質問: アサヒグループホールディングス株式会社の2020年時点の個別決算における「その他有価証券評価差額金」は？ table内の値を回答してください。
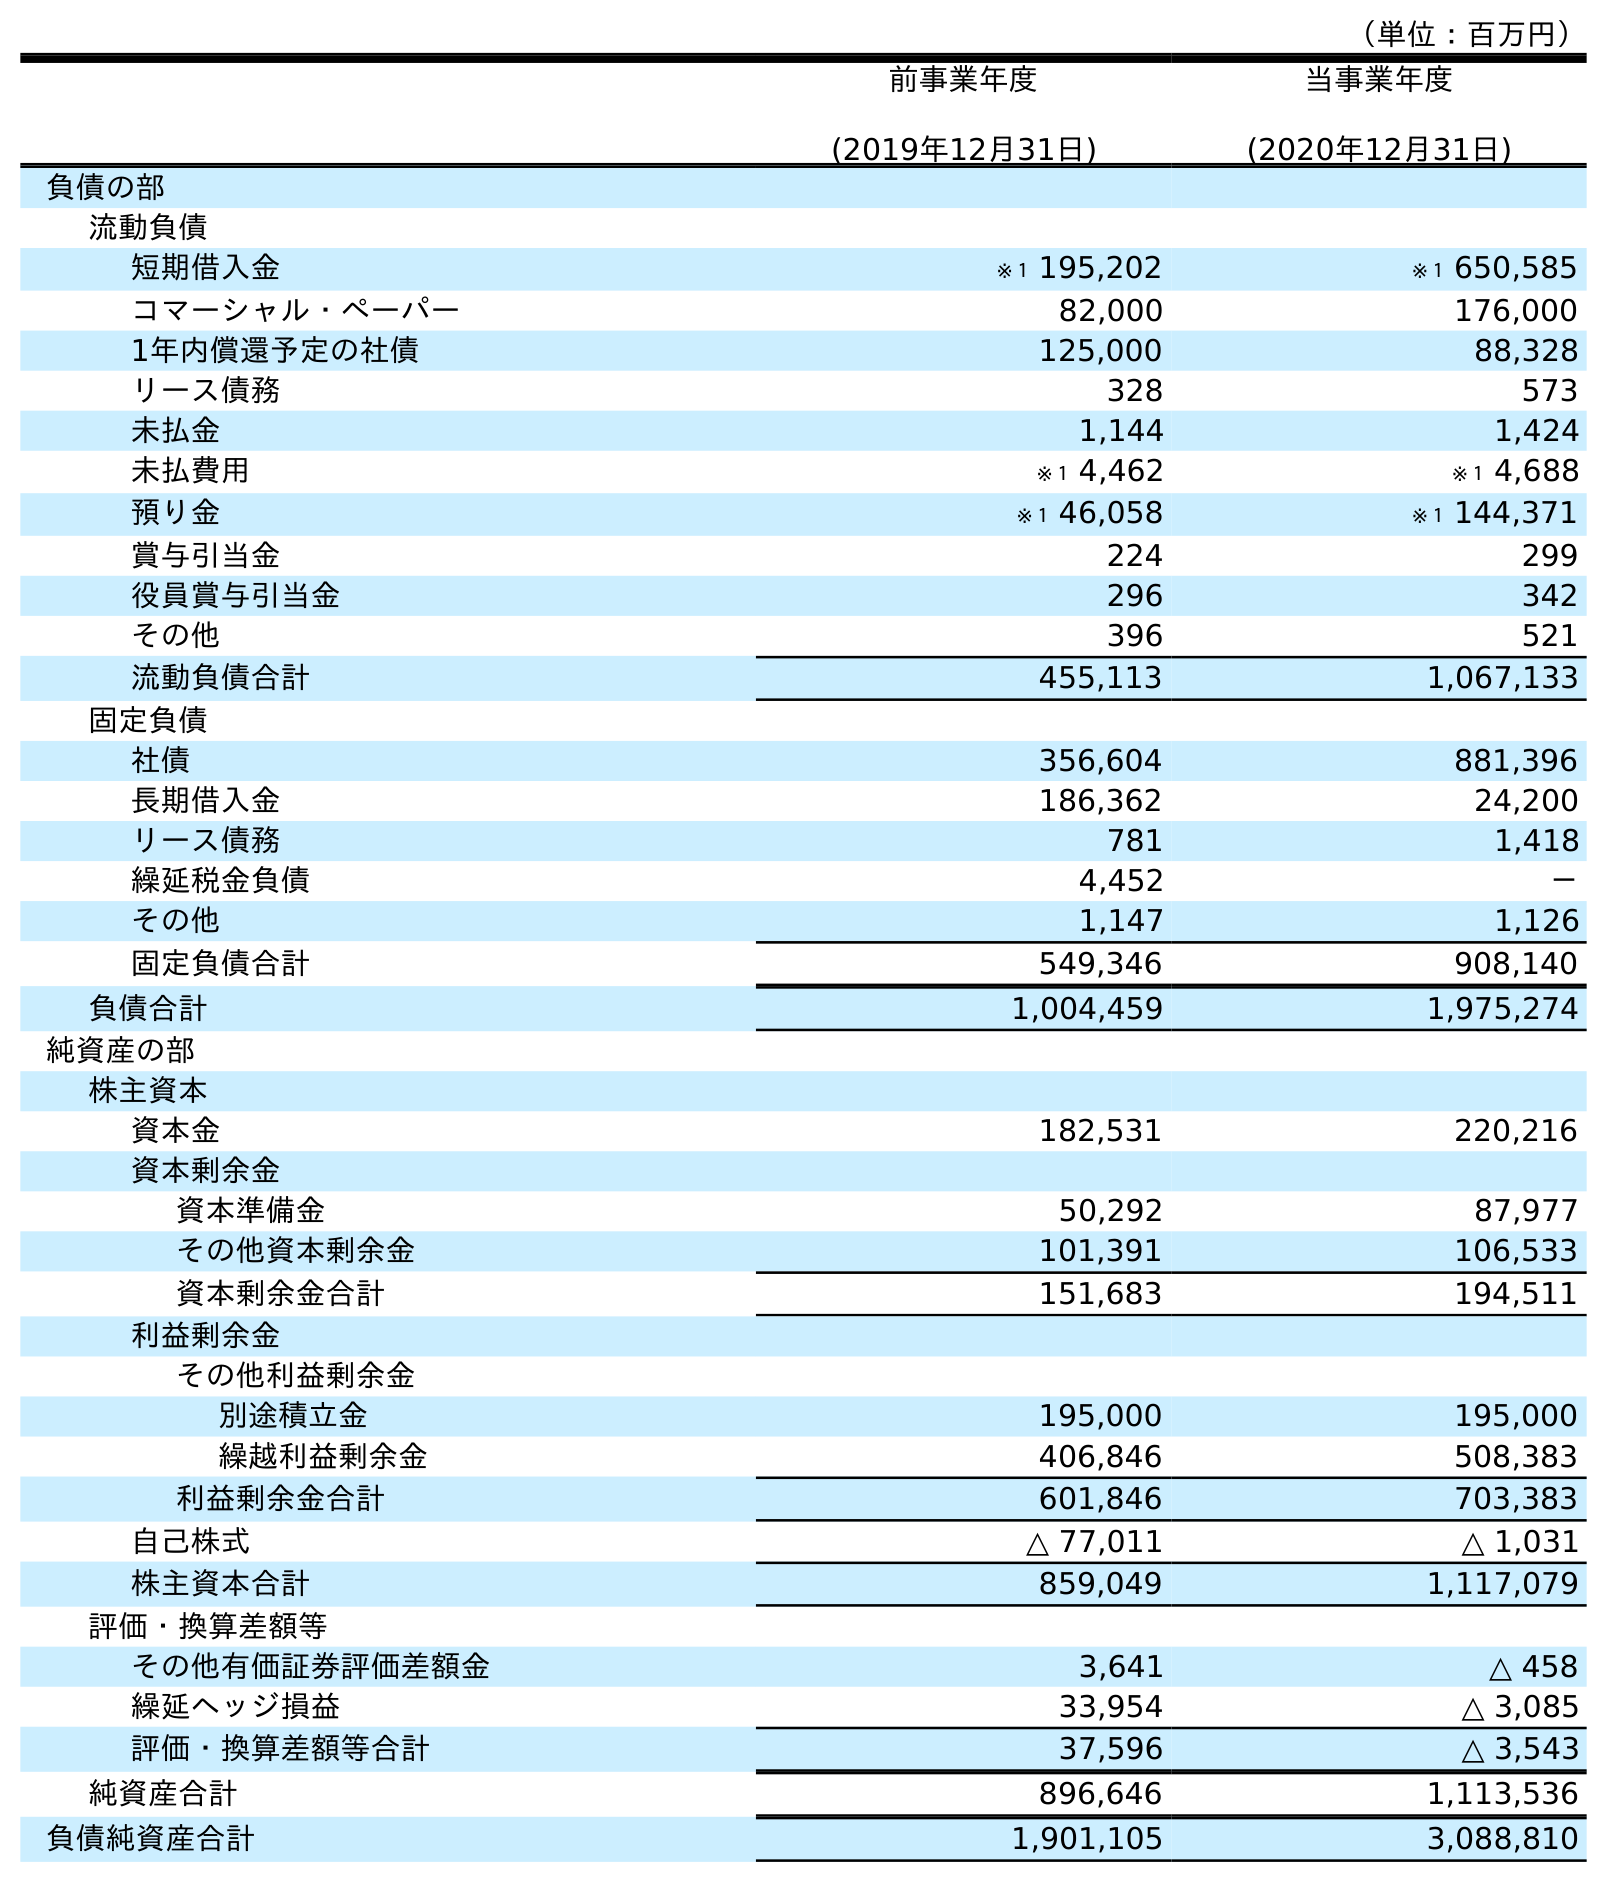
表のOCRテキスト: （単位：百万円） 前事業年度 (2019年12月31日) 当事業年度 (2020年12月31日) 負債の部 流動負債 短期借入金 ※１ 195,202 ※１ 650,585 コマーシャル・ペーパー 82,000 176,000 1年内償還予定の社債 125,000 88,328 リース債務 328 573 未払金 1,144 1,424 未払費用 ※１ 4,462 ※１ 4,688 預り金 ※１ 46,058 ※１ 144,371 賞与引当金 224 299 役員賞与引当金 296 342 その他 396 521 流動負債合計 455,113 1,067,133 固定負債 社債 356,604 881,396 長期借入金 186,362 24,200 リース債務 781 1,418 繰延税金負債 4,452 － その他 1,147 1,126 固定負債合計 549,346 908,140 負債合計 1,004,459 1,975,274 純資産の部 株主資本 資本金 182,531 220,216 資本剰余金 資本準備金 50,292 87,977 その他資本剰余金 101,391 106,533 資本剰余金合計 151,683 194,511 利益剰余金 その他利益剰余金 別途積立金 195,000 195,000 繰越利益剰余金 406,846 508,383 利益剰余金合計 601,846 703,383 自己株式 △ 77,011 △ 1,031 株主資本合計 859,049 1,117,079 評価・換算差額等 その他有価証券評価差額金 3,641 △ 458 繰延ヘッジ損益 33,954 △ 3,085 評価・換算差額等合計 37,596 △ 3,543 純資産合計 896,646 1,113,536 負債純資産合計 1,901,105 3,088,810
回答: △458